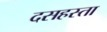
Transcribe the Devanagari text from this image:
दसहस्ता